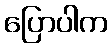
ပြောပါက